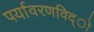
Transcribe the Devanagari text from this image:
पर्यावरणविद्ो